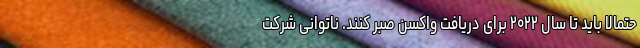
حتمالاً باید تا سال ۲۰۲۲ برای دریافت واکسن صبر کنند. ناتوانی شرکت